Vaccine operations Central Provinces 1868-1885 - 1868-1885
Year: 1868
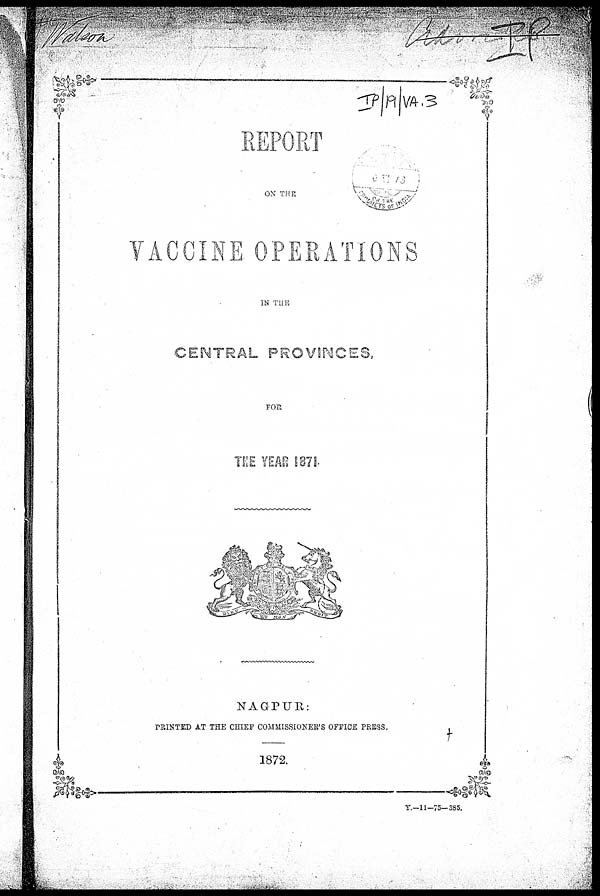
REPORT
ON THE
VACCINE OPERATIONS
IN THE
CENTRAL PROVINCES,
FOR
THE YEAR 1871
NAGPUR:
PRINTED AT THE CHIEF COMMISSIONER'S OFFICE PRESS.
1872.
Y.—11—75—385.